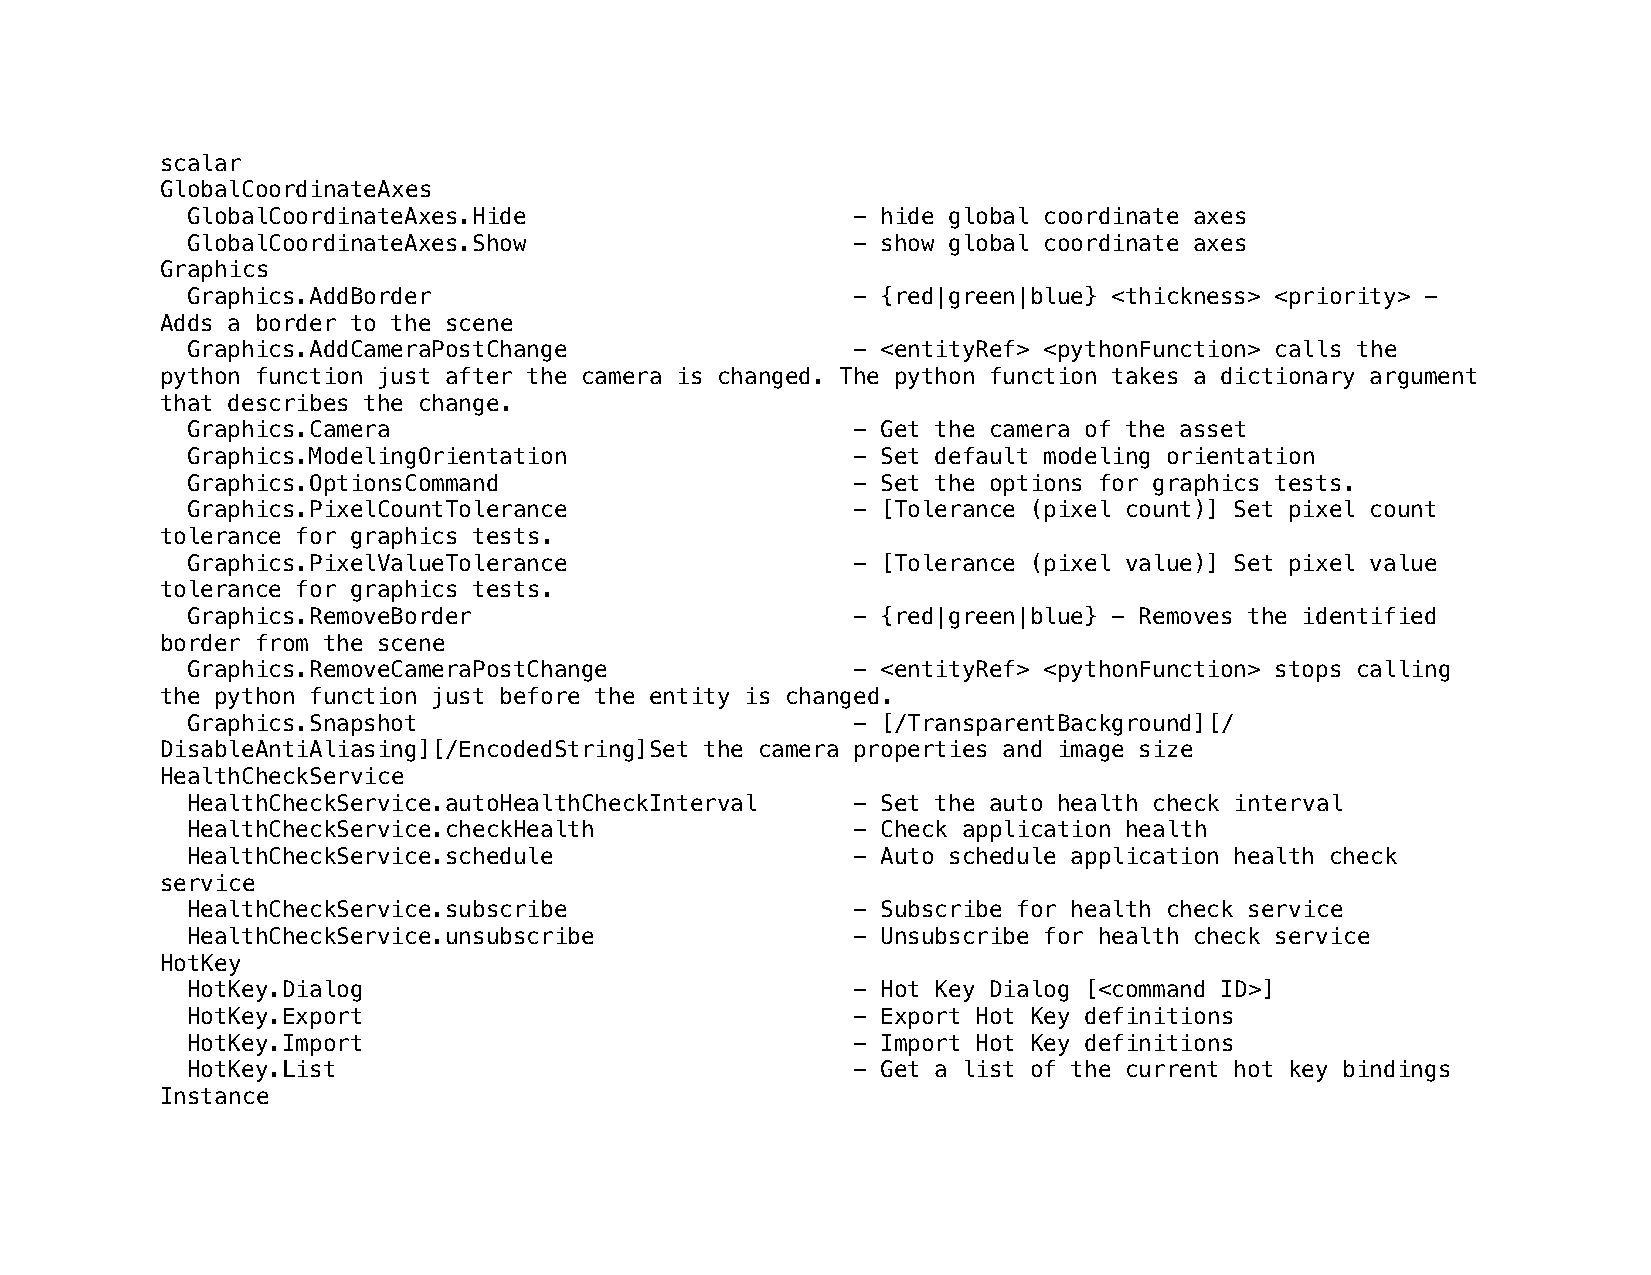
scalar
 GlobalCoordinateAxes
 GlobalCoordinateAxes.Hide                   - hide global coordinate axes
 GlobalCoordinateAxes.Show                   - show global coordinate axes
 Graphics
 Graphics.AddBorder                          - {red|green|blue} <thickness> <priority> -
 Adds a border to the scene
 Graphics.AddCameraPostChange                - <entityRef> <pythonFunction> calls the
 python function just after the camera is changed. The python function takes a dictionary argument
 that describes the change.
 Graphics.Camera                             - Get the camera of the asset
 Graphics.ModelingOrientation                - Set default modeling orientation
 Graphics.OptionsCommand                     - Set the options for graphics tests.
 Graphics.PixelCountTolerance                - [Tolerance (pixel count)] Set pixel count
 tolerance for graphics tests.
 Graphics.PixelValueTolerance                - [Tolerance (pixel value)] Set pixel value
 tolerance for graphics tests.
 Graphics.RemoveBorder                       - {red|green|blue} - Removes the identified
 border from the scene
 Graphics.RemoveCameraPostChange             - <entityRef> <pythonFunction> stops calling
 the python function just before the entity is changed.
 Graphics.Snapshot                           - [/TransparentBackground][/
 DisableAntiAliasing][/EncodedString]Set the camera properties and image size
 HealthCheckService
 HealthCheckService.autoHealthCheckInterval  - Set the auto health check interval
 HealthCheckService.checkHealth              - Check application health
 HealthCheckService.schedule                 - Auto schedule application health check
 service
 HealthCheckService.subscribe                - Subscribe for health check service
 HealthCheckService.unsubscribe              - Unsubscribe for health check service
 HotKey
 HotKey.Dialog                               - Hot Key Dialog [<command ID>]
 HotKey.Export                               - Export Hot Key definitions
 HotKey.Import                               - Import Hot Key definitions
 HotKey.List                                 - Get a list of the current hot key bindings
 Instance